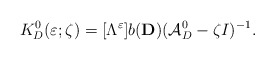
\begin{align*}K_D^0(\varepsilon ;\zeta )=[\Lambda ^\varepsilon]b(\mathbf{D})(\mathcal{A}_D^0-\zeta I)^{-1}.\end{align*}